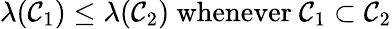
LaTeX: \lambda(\mathcal{C}_{1})\leq\lambda(\mathcal{C}_{2}){\mathrm{{~whenever~}}}\mathcal{C}_{1}\subset\mathcal{C}_{2}